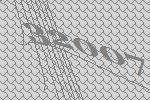
32007